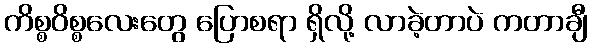
ကိစ္စဝိစ္စလေးတွေ ပြောစရာ ရှိလို့ လာခဲ့တာပဲ ကတာချီ